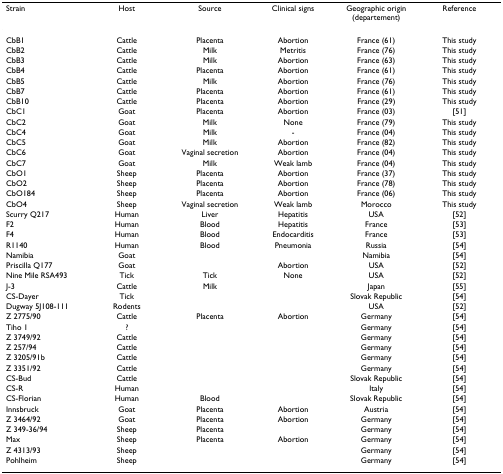
<table><thead><tr><td><b>Strain</b></td><td><b>Host</b></td><td><b>Source</b></td><td><b>Clinical signs</b></td><td><b>Geographic origin (departement)</b></td><td><b>Reference</b></td></tr></thead><tbody><tr><td>CbB1</td><td>Cattle</td><td>Placenta</td><td>Abortion</td><td>France (61)</td><td>This study</td></tr><tr><td>CbB2</td><td>Cattle</td><td>Milk</td><td>Metritis</td><td>France (76)</td><td>This study</td></tr><tr><td>CbB3</td><td>Cattle</td><td>Milk</td><td>Abortion</td><td>France (63)</td><td>This study</td></tr><tr><td>CbB4</td><td>Cattle</td><td>Placenta</td><td>Abortion</td><td>France (61)</td><td>This study</td></tr><tr><td>CbB5</td><td>Cattle</td><td>Milk</td><td>Abortion</td><td>France (76)</td><td>This study</td></tr><tr><td>CbB7</td><td>Cattle</td><td>Placenta</td><td>Abortion</td><td>France (61)</td><td>This study</td></tr><tr><td>CbB10</td><td>Cattle</td><td>Placenta</td><td>Abortion</td><td>France (29)</td><td>This study</td></tr><tr><td>CbC1</td><td>Goat</td><td>Placenta</td><td>Abortion</td><td>France (03)</td><td>[51]</td></tr><tr><td>CbC2</td><td>Goat</td><td>Milk</td><td>None</td><td>France (79)</td><td>This study</td></tr><tr><td>CbC4</td><td>Goat</td><td>Milk</td><td>-</td><td>France (04)</td><td>This study</td></tr><tr><td>CbC5</td><td>Goat</td><td>Milk</td><td>Abortion</td><td>France (82)</td><td>This study</td></tr><tr><td>CbC6</td><td>Goat</td><td>Vaginal secretion</td><td>Abortion</td><td>France (04)</td><td>This study</td></tr><tr><td>CbC7</td><td>Goat</td><td>Milk</td><td>Weak lamb</td><td>France (04)</td><td>This study</td></tr><tr><td>CbO1</td><td>Sheep</td><td>Placenta</td><td>Abortion</td><td>France (37)</td><td>This study</td></tr><tr><td>CbO2</td><td>Sheep</td><td>Placenta</td><td>Abortion</td><td>France (78)</td><td>This study</td></tr><tr><td>CbO184</td><td>Sheep</td><td>Placenta</td><td>Abortion</td><td>France (06)</td><td>This study</td></tr><tr><td>CbO4</td><td>Sheep</td><td>Vaginal secretion</td><td>Weak lamb</td><td>Morocco</td><td>This study</td></tr><tr><td>Scurry Q217</td><td>Human</td><td>Liver</td><td>Hepatitis</td><td>USA</td><td>[52]</td></tr><tr><td>F2</td><td>Human</td><td>Blood</td><td>Hepatitis</td><td>France</td><td>[53]</td></tr><tr><td>F4</td><td>Human</td><td>Blood</td><td>Endocarditis</td><td>France</td><td>[53]</td></tr><tr><td>R1140</td><td>Human</td><td>Blood</td><td>Pneumonia</td><td>Russia</td><td>[54]</td></tr><tr><td>Namibia</td><td>Goat</td><td></td><td></td><td>Namibia</td><td>[54]</td></tr><tr><td>Priscilla Q177</td><td>Goat</td><td></td><td>Abortion</td><td>USA</td><td>[52]</td></tr><tr><td>Nine Mile RSA493</td><td>Tick</td><td>Tick</td><td>None</td><td>USA</td><td>[52]</td></tr><tr><td>J-3</td><td>Cattle</td><td>Milk</td><td></td><td>Japan</td><td>[55]</td></tr><tr><td>CS-Dayer</td><td>Tick</td><td></td><td></td><td>Slovak Republic</td><td>[54]</td></tr><tr><td>Dugway 5J108-111</td><td>Rodents</td><td></td><td></td><td>USA</td><td>[52]</td></tr><tr><td>Z 2775/90</td><td>Cattle</td><td>Placenta</td><td>Abortion</td><td>Germany</td><td>[54]</td></tr><tr><td>Tiho 1</td><td>?</td><td></td><td></td><td>Germany</td><td>[54]</td></tr><tr><td>Z 3749/92</td><td>Cattle</td><td></td><td></td><td>Germany</td><td>[54]</td></tr><tr><td>Z 257/94</td><td>Cattle</td><td></td><td></td><td>Germany</td><td>[54]</td></tr><tr><td>Z 3205/91b</td><td>Cattle</td><td></td><td></td><td>Germany</td><td>[54]</td></tr><tr><td>Z 3351/92</td><td>Cattle</td><td></td><td></td><td>Germany</td><td>[54]</td></tr><tr><td>CS-Bud</td><td>Cattle</td><td></td><td></td><td>Slovak Republic</td><td>[54]</td></tr><tr><td>CS-R</td><td>Human</td><td></td><td></td><td>Italy</td><td>[54]</td></tr><tr><td>CS-Florian</td><td>Human</td><td>Blood</td><td></td><td>Slovak Republic</td><td>[54]</td></tr><tr><td>Innsbruck</td><td>Goat</td><td>Placenta</td><td>Abortion</td><td>Austria</td><td>[54]</td></tr><tr><td>Z 3464/92</td><td>Goat</td><td>Placenta</td><td>Abortion</td><td>Germany</td><td>[54]</td></tr><tr><td>Z 349-36/94</td><td>Sheep</td><td>Placenta</td><td></td><td>Germany</td><td>[54]</td></tr><tr><td>Max</td><td>Sheep</td><td>Placenta</td><td>Abortion</td><td>Germany</td><td>[54]</td></tr><tr><td>Z 4313/93</td><td>Sheep</td><td></td><td></td><td>Germany</td><td>[54]</td></tr><tr><td>Pohlheim</td><td>Sheep</td><td></td><td></td><td>Germany</td><td>[54]</td></tr></tbody></table>